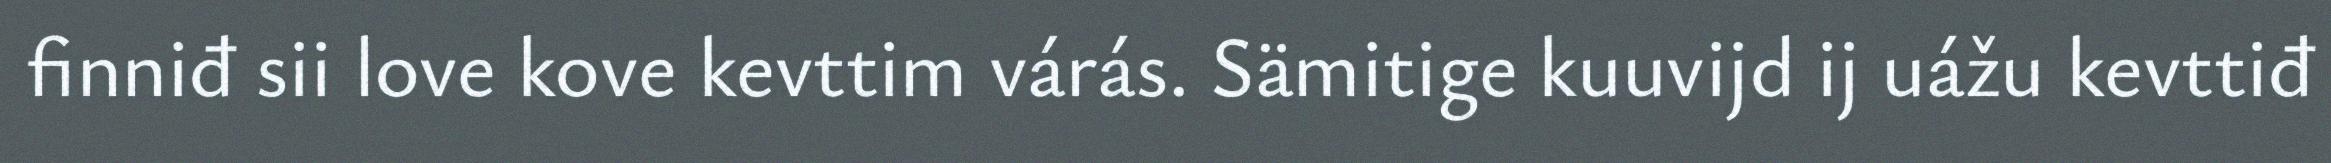
finniđ sii love kove kevttim várás. Sämitige kuuvijd ij uážu kevttiđ